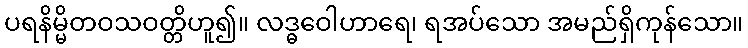
ပရနိမ္မိတဝသဝတ္တိဟူ၍။ လဒ္ဓဝေါဟာရေ၊ ရအပ်သော အမည်ရှိကုန်သော။